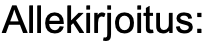
Allekirjoitus: